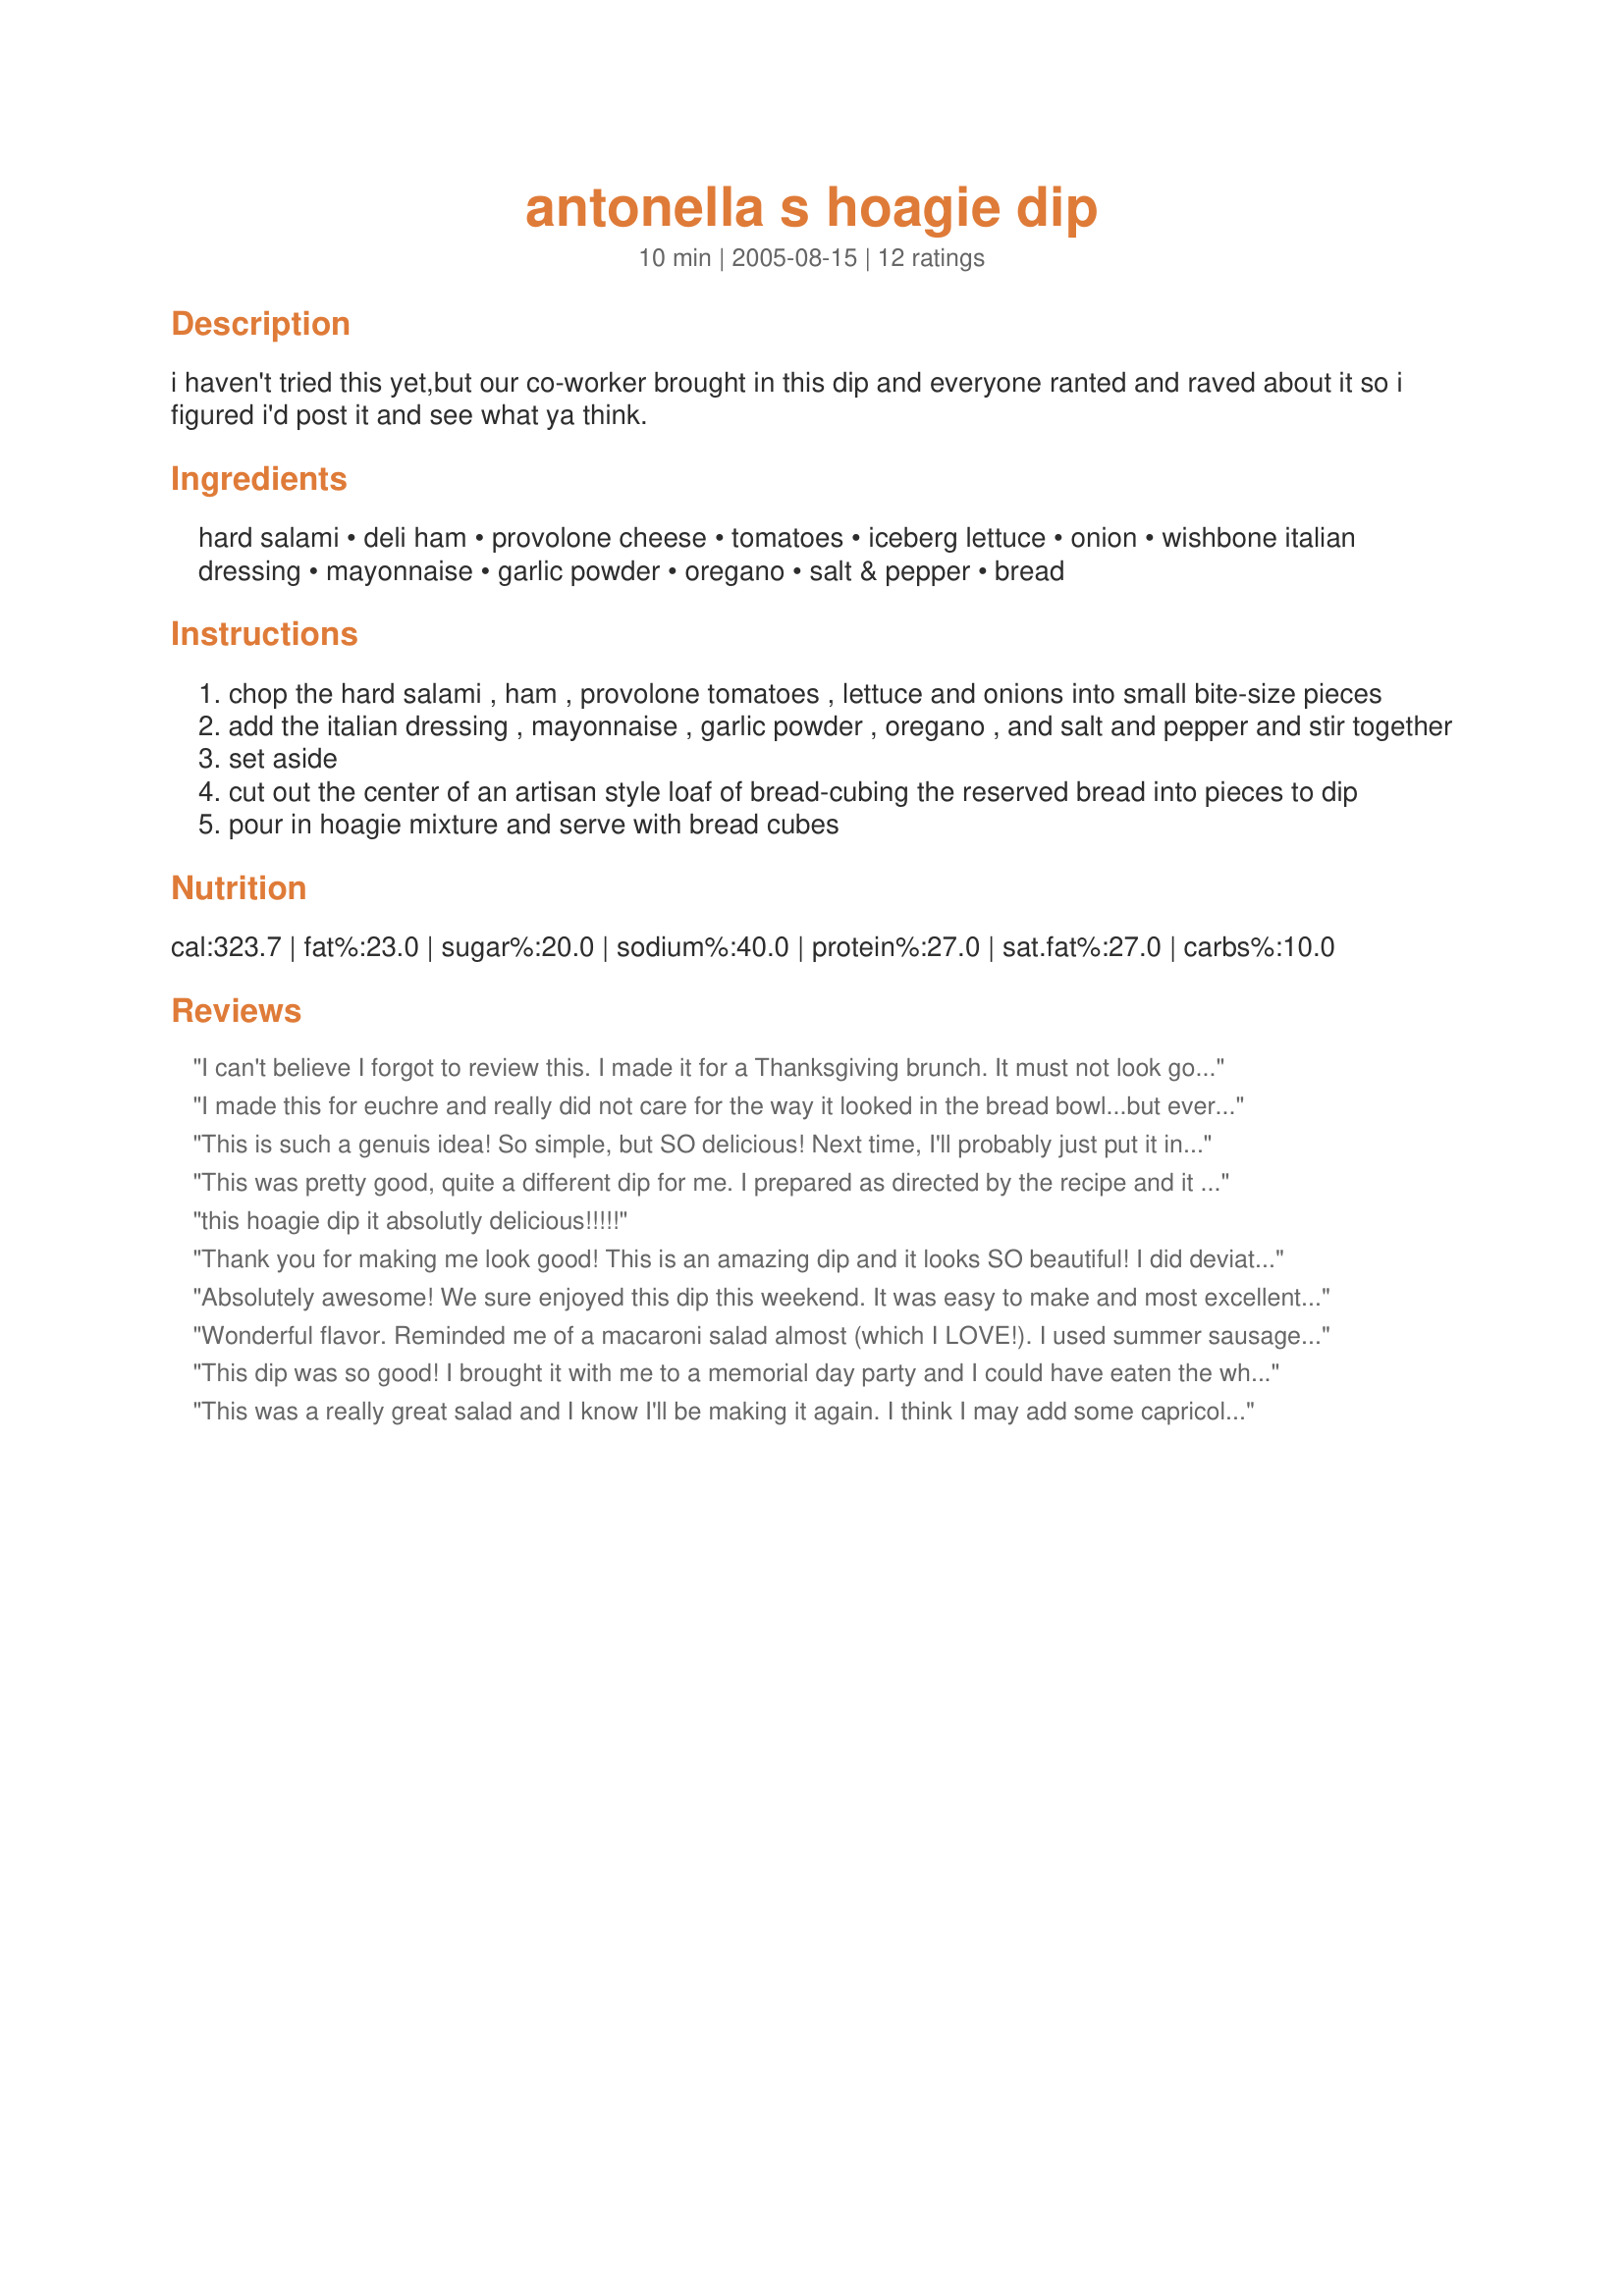
antonella s hoagie dip
Preparation time: 10 minutes

i haven't tried this yet,but our co-worker brought in this dip and everyone ranted and raved about it so i figured i'd post it and see what ya think.

Ingredients:
hard salami, deli ham, provolone cheese, tomatoes, iceberg lettuce, onion, wishbone italian dressing, mayonnaise, garlic powder, oregano, salt & pepper, bread

Steps:
chop the hard salami , ham , provolone tomatoes , lettuce and onions into small bite-size pieces
add the italian dressing , mayonnaise , garlic powder , oregano , and salt and pepper and stir together
set aside
cut out the center of an artisan style loaf of bread-cubing the reserved bread into pieces to dip
pour in hoagie mixture and serve with bread cubes

Reviews:
I can't believe I forgot to review this. I made it for a Thanksgiving brunch. It must not look good, but on the first taste, I heard someone say, "You have to try this." Then it was GONE...It was a little hard to eat with bread chunks. Next time I will try to cut the bread more into small slices. Thanks so much for the definate keeper recipe.
I made this for euchre and really did not care for the way it looked in the bread bowl...but everyone loved it and ate it up....so I guess it is a keeper
This is such a genuis idea! So simple, but SO delicious! Next time, I'll probably just put it in a bowl and serve it with party rounds and crackers- it was a little difficult to eat it on the bread cubes from the bowl.
This was pretty good, quite a different dip for me. I prepared as directed by the recipe and it was so quick and easy, definitely a plus for me. While not my favorite flavor, it was definitely enjoyed by others. I am pretty sure I will be asked to prepare this again. Thanks mamacancook!
this hoagie dip it absolutly delicious!!!!!
Thank you for making me look good! This is an amazing dip and it looks SO beautiful! I did deviate some from the recipe. Since tomatoes are so bad this time of year, I subbed roasted red peppers. And I used half pepperoni for the hard salami. I also added chopped mild banana peppers and some chopeed green olives. Instead of serving it in the bread bowl and with bread cubes, I sliced a bagette and we ate them as mini open face sandwiches. This will definitely be a go to recipe for me.
Absolutely awesome! We sure enjoyed this dip this weekend. It was easy to make and most excellent to serve for parties or just something to nibble on watching tv at home. I served it with bread pieces and Keeber club crackers. I also added a touch of accent seasoning and dillweed and I used just alittle more mayonnaise than what is called for. 
This dip will be made again real soon I am most certain! :) Thanks for sharing this great hoagie dip!

Wonderful flavor. Reminded me of a macaroni salad almost (which I LOVE!). I used summer sausage in lieu of salami 'cause that's what I had. Omitted turkey, swapped cheeses and used canned (well drained) tomatoes. Wow, doesn't seem like the same salad now! Seriously, it's the dressing that makes it great. I served as a side dish without the bread bowl. Definitely on my "make again" list!
This dip was so good! I brought it with me to a memorial day party and I could have eaten the whole thing by myself! I will make it again. It seems like it would make a good sandwich spread, also.
This was a really great salad and I know I'll be making it again. I think I may add some capricola next time just for the heck of it. I sliced the bread instead of cubing it some we could have an open faced sandwich type of thing going on and it worked really well. I bought a petite loaf as well as the round and had just enough for the salad. Great recipe! Thanks so much!
I make a dip almost exactly like this, but omit the mayo and use Kraft Tuscan House dressing. Everyone raves about it and if I don't know up with it, they hound me to bring it next time! I serve with something different everytime - french bread slices, Scoops, or kettle cooked potato chips. Leftovers are great for a sandwich the next day :)
Tastes just like an Italian hoagie! I could just eat this with a spoon! Everyone enjoyed this. Thanx for sharing. I'll make this for many picnics/potlucks to come.
